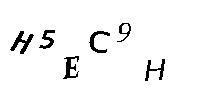
H5EC9H